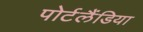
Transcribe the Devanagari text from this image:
पोर्टलैंडिया